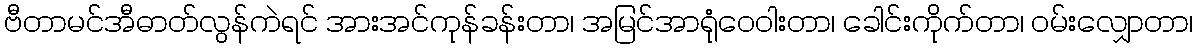
ဗီတာမင်အီဓာတ်လွန်ကဲရင် အားအင်ကုန်ခန်းတာ၊ အမြင်အာရုံဝေဝါးတာ၊ ခေါင်းကိုက်တာ၊ ဝမ်းလျှောတာ၊